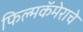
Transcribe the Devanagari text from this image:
फिल्मकॅमेराचे